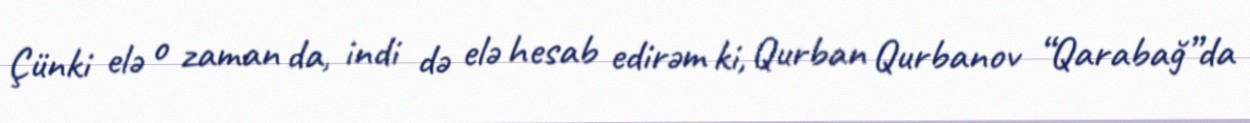
Çünki elə o zaman da, indi də elə hesab edirəm ki, Qurban Qurbanov “Qarabağ”da